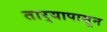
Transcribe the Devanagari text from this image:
तार्‍यापासून